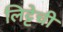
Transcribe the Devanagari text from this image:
लिट्टेची